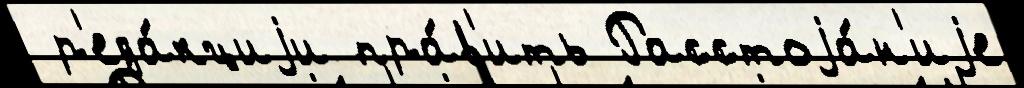
 р'еда́кциjи пра́в'ить Расстоjа́н'иjе